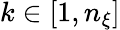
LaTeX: k\in[1,n_{\xi}]